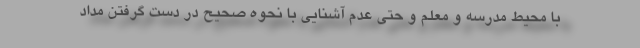
با محیط مدرسه و معلم و حتی عدم آشنایی با نحوه صحیح در دست گرفتن مداد